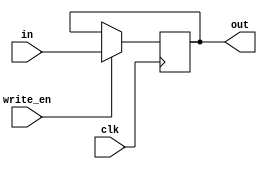
module register(out, in, clk, write_en);
output reg [31:0] out;
input [31:0] in;
input clk, write_en;

always @(posedge clk) begin
	if(write_en == 1'b1) 
		out = in;
	else 
		out = out;
end
endmodule